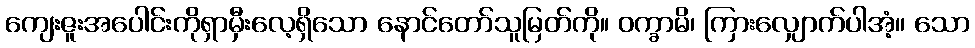
ကျေးဇူးအပေါင်းကိုရှာမှီးလေ့ရှိသော နောင်တော်သူမြတ်ကို။ ဝက္ခာမိ၊ ကြားလျှောက်ပါအံ့။ သော